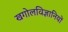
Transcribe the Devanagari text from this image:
खगोलविज्ञानियों